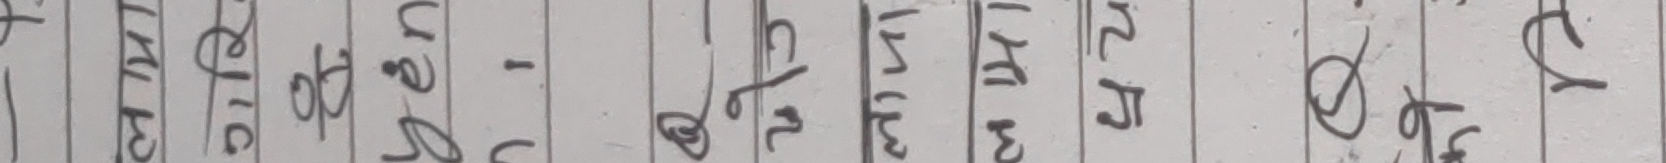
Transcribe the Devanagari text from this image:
प्रतिलेप
पुत्र ३५/२५
प्रतियोगिता